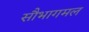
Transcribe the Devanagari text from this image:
सौभागमल